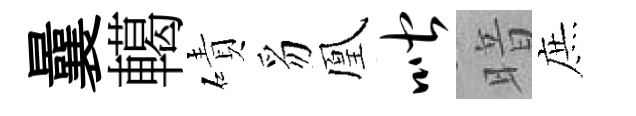
曩轕磧豸凰喈暗庶